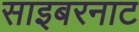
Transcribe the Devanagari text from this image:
साइबरनाट